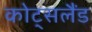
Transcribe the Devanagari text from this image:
कोट्सलैंड